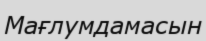
Мағлумдамасын